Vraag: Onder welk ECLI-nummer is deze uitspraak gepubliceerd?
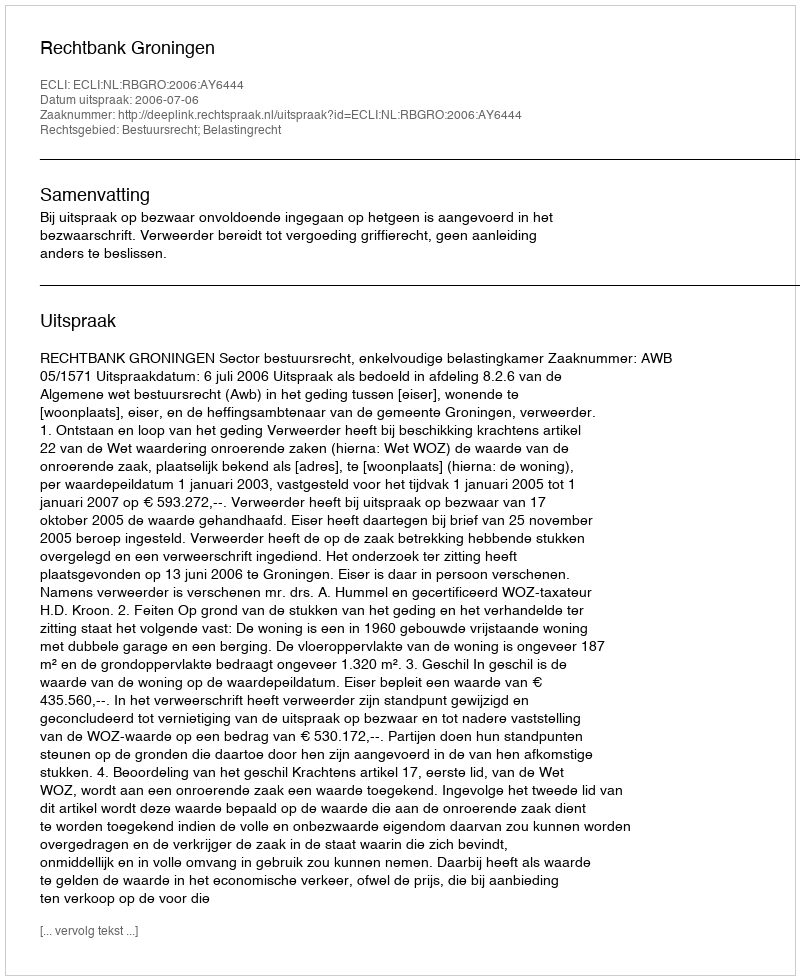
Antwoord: ECLI:NL:RBGRO:2006:AY6444